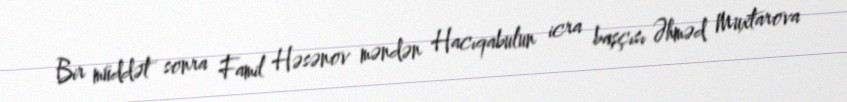
Bir müddət sonra Famil Həsənov məndən Hacıqabulun icra başçısı Əhməd Muxtarova